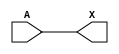
module sky130_fd_sc_lp__busreceiver (
    X,
    A
);

    // Module ports
    output X;
    input  A;

    // Module supplies
    supply1 VPWR;
    supply0 VGND;
    supply1 VPB ;
    supply0 VNB ;

    // Local signals
    wire buf0_out_X;

    //  Name  Output      Other arguments
    buf buf0 (buf0_out_X, A              );
    buf buf1 (X         , buf0_out_X     );

endmodule